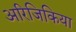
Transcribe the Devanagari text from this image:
अरिजिकिया